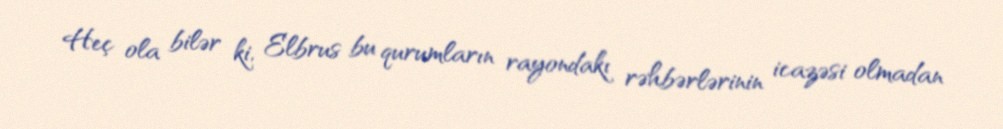
Heç ola bilər ki, Elbrus bu qurumların rayondakı rəhbərlərinin icazəsi olmadan